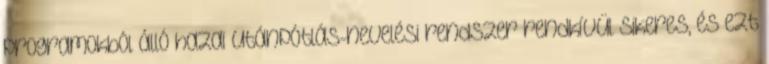
programokból álló hazai utánpótlás-nevelési rendszer rendkívül sikeres, és ezt